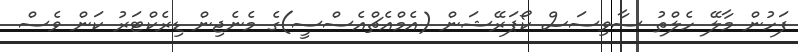
ފަހުން މާލޭ ހެލްތު ސާވިސަސް ކޯޕަރޭޝަން (އެމްއެޗްއެސްސީ)ގެ މެނެޖިން ޑިރެކްޓަރު ކަން ވެސް